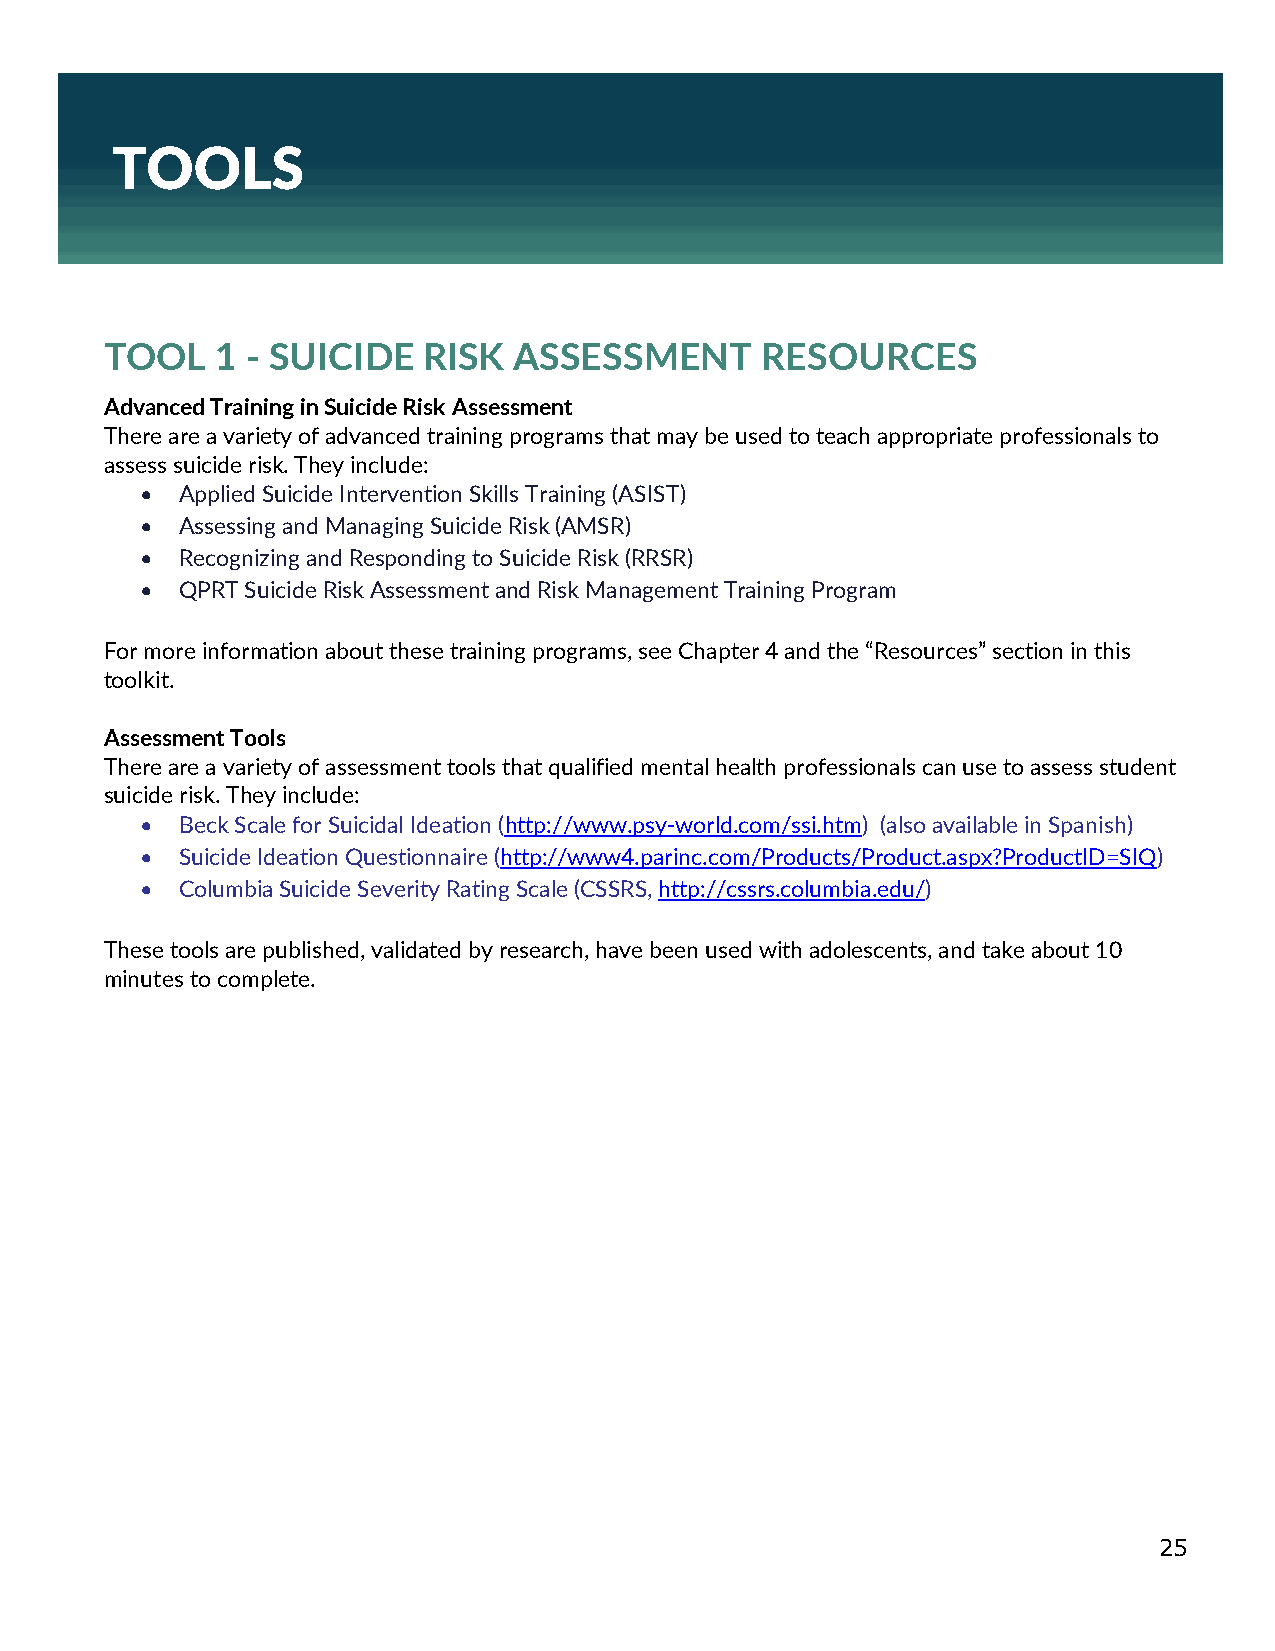
TOOLS
 TOOL   1 - SUICIDE   RISK  ASSESSMENT      RESOURCES
 Advanced Training in Suicide Risk Assessment
 There are a variety of advanced training programs that may be used to teach appropriate professionals to
 assess suicide risk. They include:
 •  Applied Suicide Intervention Skills Training (ASIST)
 •  Assessing and Managing Suicide Risk (AMSR)
 •  Recognizing and Responding to Suicide Risk (RRSR)
 •  QPRT Suicide Risk Assessment and Risk Management Training Program
 For more information about these training programs, see Chapter 4 and the “Resources” section in this
 toolkit.
 Assessment Tools
 There are a variety of assessment tools that qualified mental health professionals can use to assess student
 suicide risk. They include:
 •  Beck Scale for Suicidal Ideation (http://www.psy-world.com/ssi.htm) (also available in Spanish)
 •  Suicide Ideation Questionnaire (http://www4.parinc.com/Products/Product.aspx?ProductID=SIQ)
 •  Columbia Suicide Severity Rating Scale (CSSRS, http://cssrs.columbia.edu/)
 These tools are published, validated by research, have been used with adolescents, and take about 10
 minutes to complete.
 25